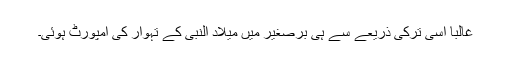
غالباً اسی ترکی ذریعے سے ہی برصغیر میں میلاد النبی کے تہوار کی امپورٹ ہوئی۔